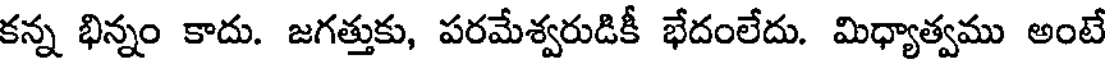
కన్న భిన్నం కాదు. జగత్తుకు, పరమేశ్వరుడికీ భేదంలేదు. మిధ్యాత్వము అంటే